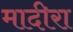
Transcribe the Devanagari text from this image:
मादीरा